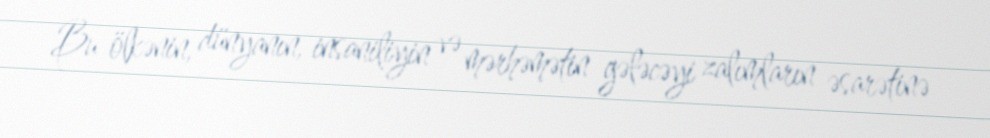
Bu ölkənin, dünyanın, insaniliyin və mərhəmətin gələcəyi zalımların əsarətinə